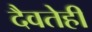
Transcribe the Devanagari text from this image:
दैवतेही